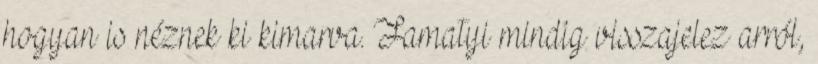
hogyan is néznek ki kimarva. Famatyi mindig visszajelez arról,